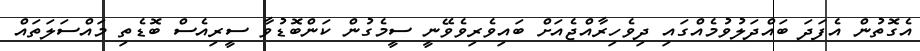
އެގޮތުން އެފަދަ ބައްދަލުވުމެއްގައި ދިވެހިރާއްޖެއަށް ބައިވެރިވެވޭނީ ސީމެގުން ކަންބޮޑުވާ ސީރިއެސް ބޮޑެތި މައްސަލަތައް